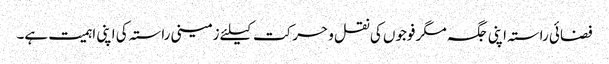
فضائی راستہ اپنی جگہ مگر فوجوں کی نقل و حرکت کیلئے زمینی راستہ کی اپنی اہمیت ہے۔